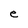
Character: e